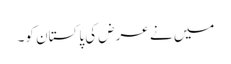
میں نے عرض کی پاکستان کو۔